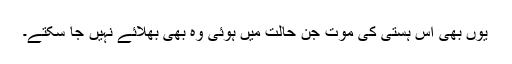
یوں بھی اس ہستی کی موت جن حالت میں ہوئی وہ بھی بھلائے نہیں جا سکتے۔